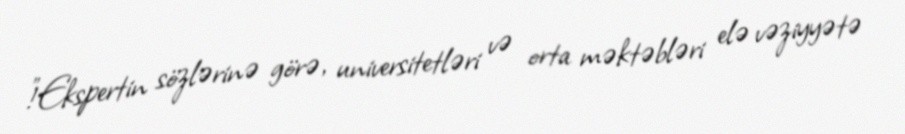
!”Ekspertin sözlərinə görə, universitetləri və orta məktəbləri elə vəziyyətə